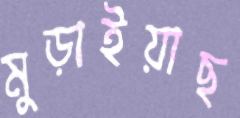
মুড়াইয়াছ